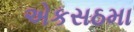
એકસઠમા